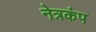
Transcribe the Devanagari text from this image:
नेत्रकंप